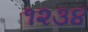
૧૨૩૪